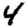
Digit: 4